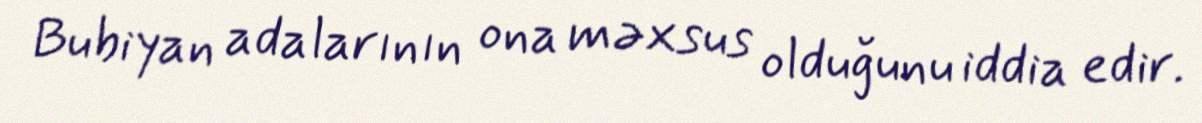
Bubiyan adalarının ona məxsus olduğunu iddia edir.